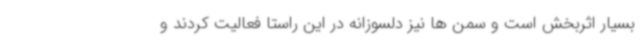
بسیار اثربخش است و سمن ها نیز دلسوزانه در این راستا فعالیت کردند و